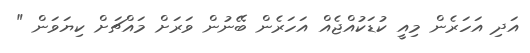
އަދި އަހަރެން މިއީ ކުޑަކުއްޖެއް އަހަރެން ބޭނުން ވަރަށް މައްޗަށް ކިޔަވަން "